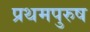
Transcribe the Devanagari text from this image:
प्रथमपुरुष